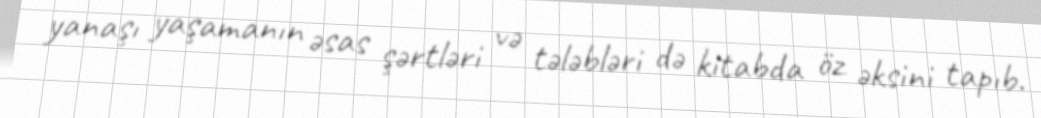
yanaşı yaşamanın əsas şərtləri və tələbləri də kitabda öz əksini tapıb.